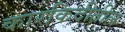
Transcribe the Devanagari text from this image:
कारकिदीतील